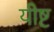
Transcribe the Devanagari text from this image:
यीष्ट